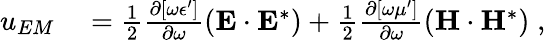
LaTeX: \begin{array}{rl}{u_{EM}}&{{}=\frac{1}{2}\frac{\partial[\omega\epsilon^{\prime}]}{\partial\omega}\left({\mathbf{E}}\cdot{\mathbf{E}}^{*}\right)+\frac{1}{2}\frac{\partial[\omega\mu^{\prime}]}{\partial\omega}\left({\mathbf{H}}\cdot{\mathbf{H}}^{*}\right)\; ,}\end{array}